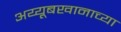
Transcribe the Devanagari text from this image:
अय्यूबखानाच्या